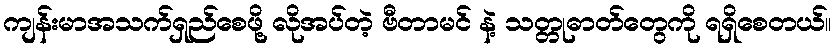
ကျန်းမာအသက်ရှည်စေဖို့ လိုအပ်တဲ့ ဗီတာမင် နဲ့ သတ္တုဓာတ်တွေကို ရရှိစေတယ်။